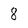
Character: 8